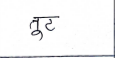
मजकूर: तुट